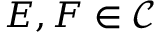
E , F \in { \mathcal { C } }